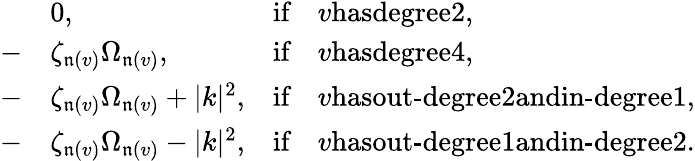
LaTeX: \begin{array}{rlrl}&{0,}&{\textrm{if}}&{v\textrm{hasdegree}2,}\\ {-}&{\zeta_{\mathfrak n(v)}\Omega_{\mathfrak n(v)},}&{\textrm{if}}&{v\textrm{hasdegree}4,}\\ {-}&{\zeta_{\mathfrak n(v)}\Omega_{\mathfrak n(v)}+|k|^{2},}&{\textrm{if}}&{v\textrm{hasout-degree}2\textrm{andin-degree}1,}\\ {-}&{\zeta_{\mathfrak n(v)}\Omega_{\mathfrak n(v)}-|k|^{2},}&{\textrm{if}}&{v\textrm{hasout-degree}1\textrm{andin-degree}2.}\end{array}